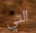
التي